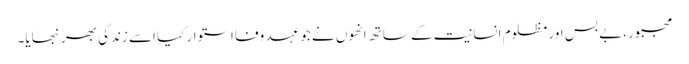
مجبور،بے بس اور مظلوم انسانیت کے ساتھ انھوں نے جو عہد وفا استوار کیا اسے زندگی بھر نبھایا۔